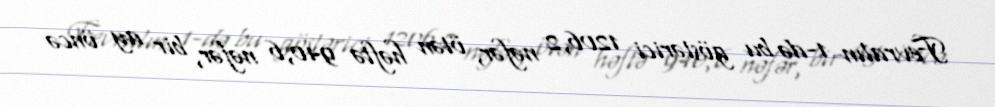
Fevralın 1-də bu göstərici 1206,2 nəfər, ötən həftə 940,6 nəfər, bir ay öncə